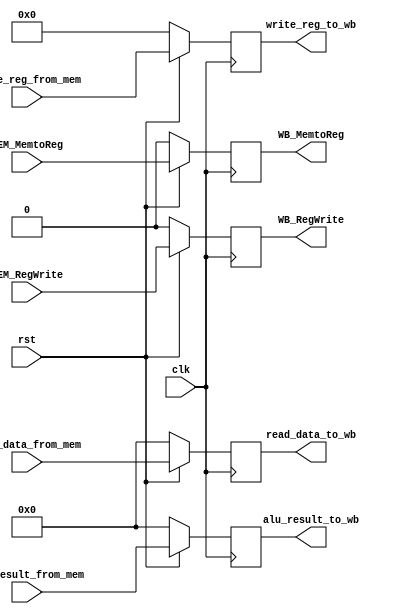
`timescale 1ns / 1ps
//////////////////////////////////////////////////////////////////////////////////
// Company: 
// Engineer: 
// 
// Design Name: 
// Module Name: MEM_WB
// Project Name: 
// Target Devices: 
// Tool Versions: 
// Description: 
// 
// Dependencies: 
// 
// Revision:
// Revision 0.01 - File Created
// Additional Comments:
// 
//////////////////////////////////////////////////////////////////////////////////


(* keep_hierarchy = "yes" *) module MEM_WB(clk, rst, MEM_MemtoReg, MEM_RegWrite, read_data_from_mem, alu_result_from_mem, write_reg_from_mem, read_data_to_wb, alu_result_to_wb, write_reg_to_wb, WB_MemtoReg, WB_RegWrite);
    input clk, rst, MEM_MemtoReg, MEM_RegWrite;
    input [31:0] read_data_from_mem, alu_result_from_mem;
    input [4:0] write_reg_from_mem;
    output reg [31:0] read_data_to_wb, alu_result_to_wb;
    output reg [4:0] write_reg_to_wb;
    output reg WB_MemtoReg, WB_RegWrite;
    
    always @(posedge clk) begin
        if(rst == 1'b0) begin
            read_data_to_wb <= 32'b0;
            alu_result_to_wb <= 32'b0;
            write_reg_to_wb <= 5'b0;
            WB_MemtoReg <= 1'b0;
            WB_RegWrite <= 1'b0;
        end else begin
            read_data_to_wb <= read_data_from_mem;
            alu_result_to_wb <= alu_result_from_mem;
            write_reg_to_wb <= write_reg_from_mem;
            WB_MemtoReg <= MEM_MemtoReg;
            WB_RegWrite <= MEM_RegWrite;
        end
	end    
	
endmodule